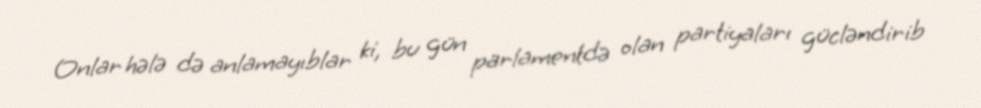
Onlar hələ də anlamayıblar ki, bu gün parlamentdə olan partiyaları gücləndirib